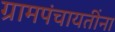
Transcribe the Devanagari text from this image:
ग्रामपंचायतींना